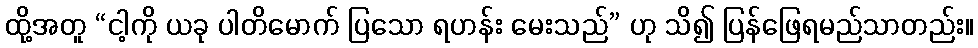
ထို့အတူ “ငါ့ကို ယခု ပါတိမောက် ပြသော ရဟန်း မေးသည်” ဟု သိ၍ ပြန်ဖြေရမည်သာတည်း။